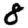
Digit: 8